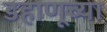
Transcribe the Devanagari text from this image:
डहाणूच्या